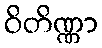
ဝိတိဏ္ဏာ